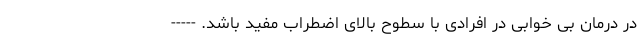
در درمان بی خوابی در افرادی با سطوح بالای اضطراب مفید باشد. -----